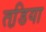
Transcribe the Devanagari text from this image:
तडि़या